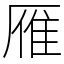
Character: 雁